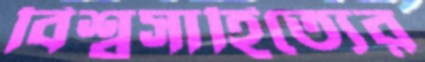
বিশ্বসাহিত্যের